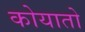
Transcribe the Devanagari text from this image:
कोयातो